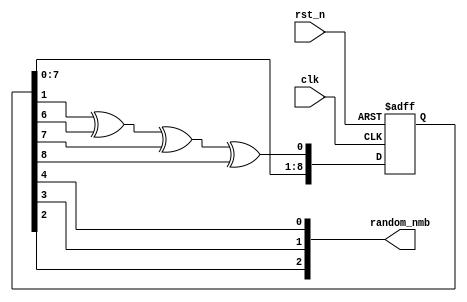
module random(
    random_nmb,
    clk,
    rst_n
);
output [2:0] random_nmb;    //random number from 0 to 7
input clk, rst_n;
reg [2:0] random_nmb;
reg q_tmp;
reg rst;
reg [8:0] q; 

always @*
    random_nmb = {q[2],q[3],q[4]};

always @*
    q_tmp = q[1] ^ q[6] ^ q[7] ^ q[8];

always @(posedge clk or negedge rst_n)
    if (~rst_n)
        q <= 9'b101010101;
    else begin
        q[0] <= q_tmp;
        q[1] <= q[0];
        q[2] <= q[1];
        q[3] <= q[2];
        q[4] <= q[3];
        q[5] <= q[4];
        q[6] <= q[5];
        q[7] <= q[6];
        q[8] <= q[7];
    end

endmodule